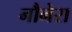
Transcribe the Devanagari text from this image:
नौनेरा